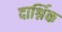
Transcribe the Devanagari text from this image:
दार्श्निक